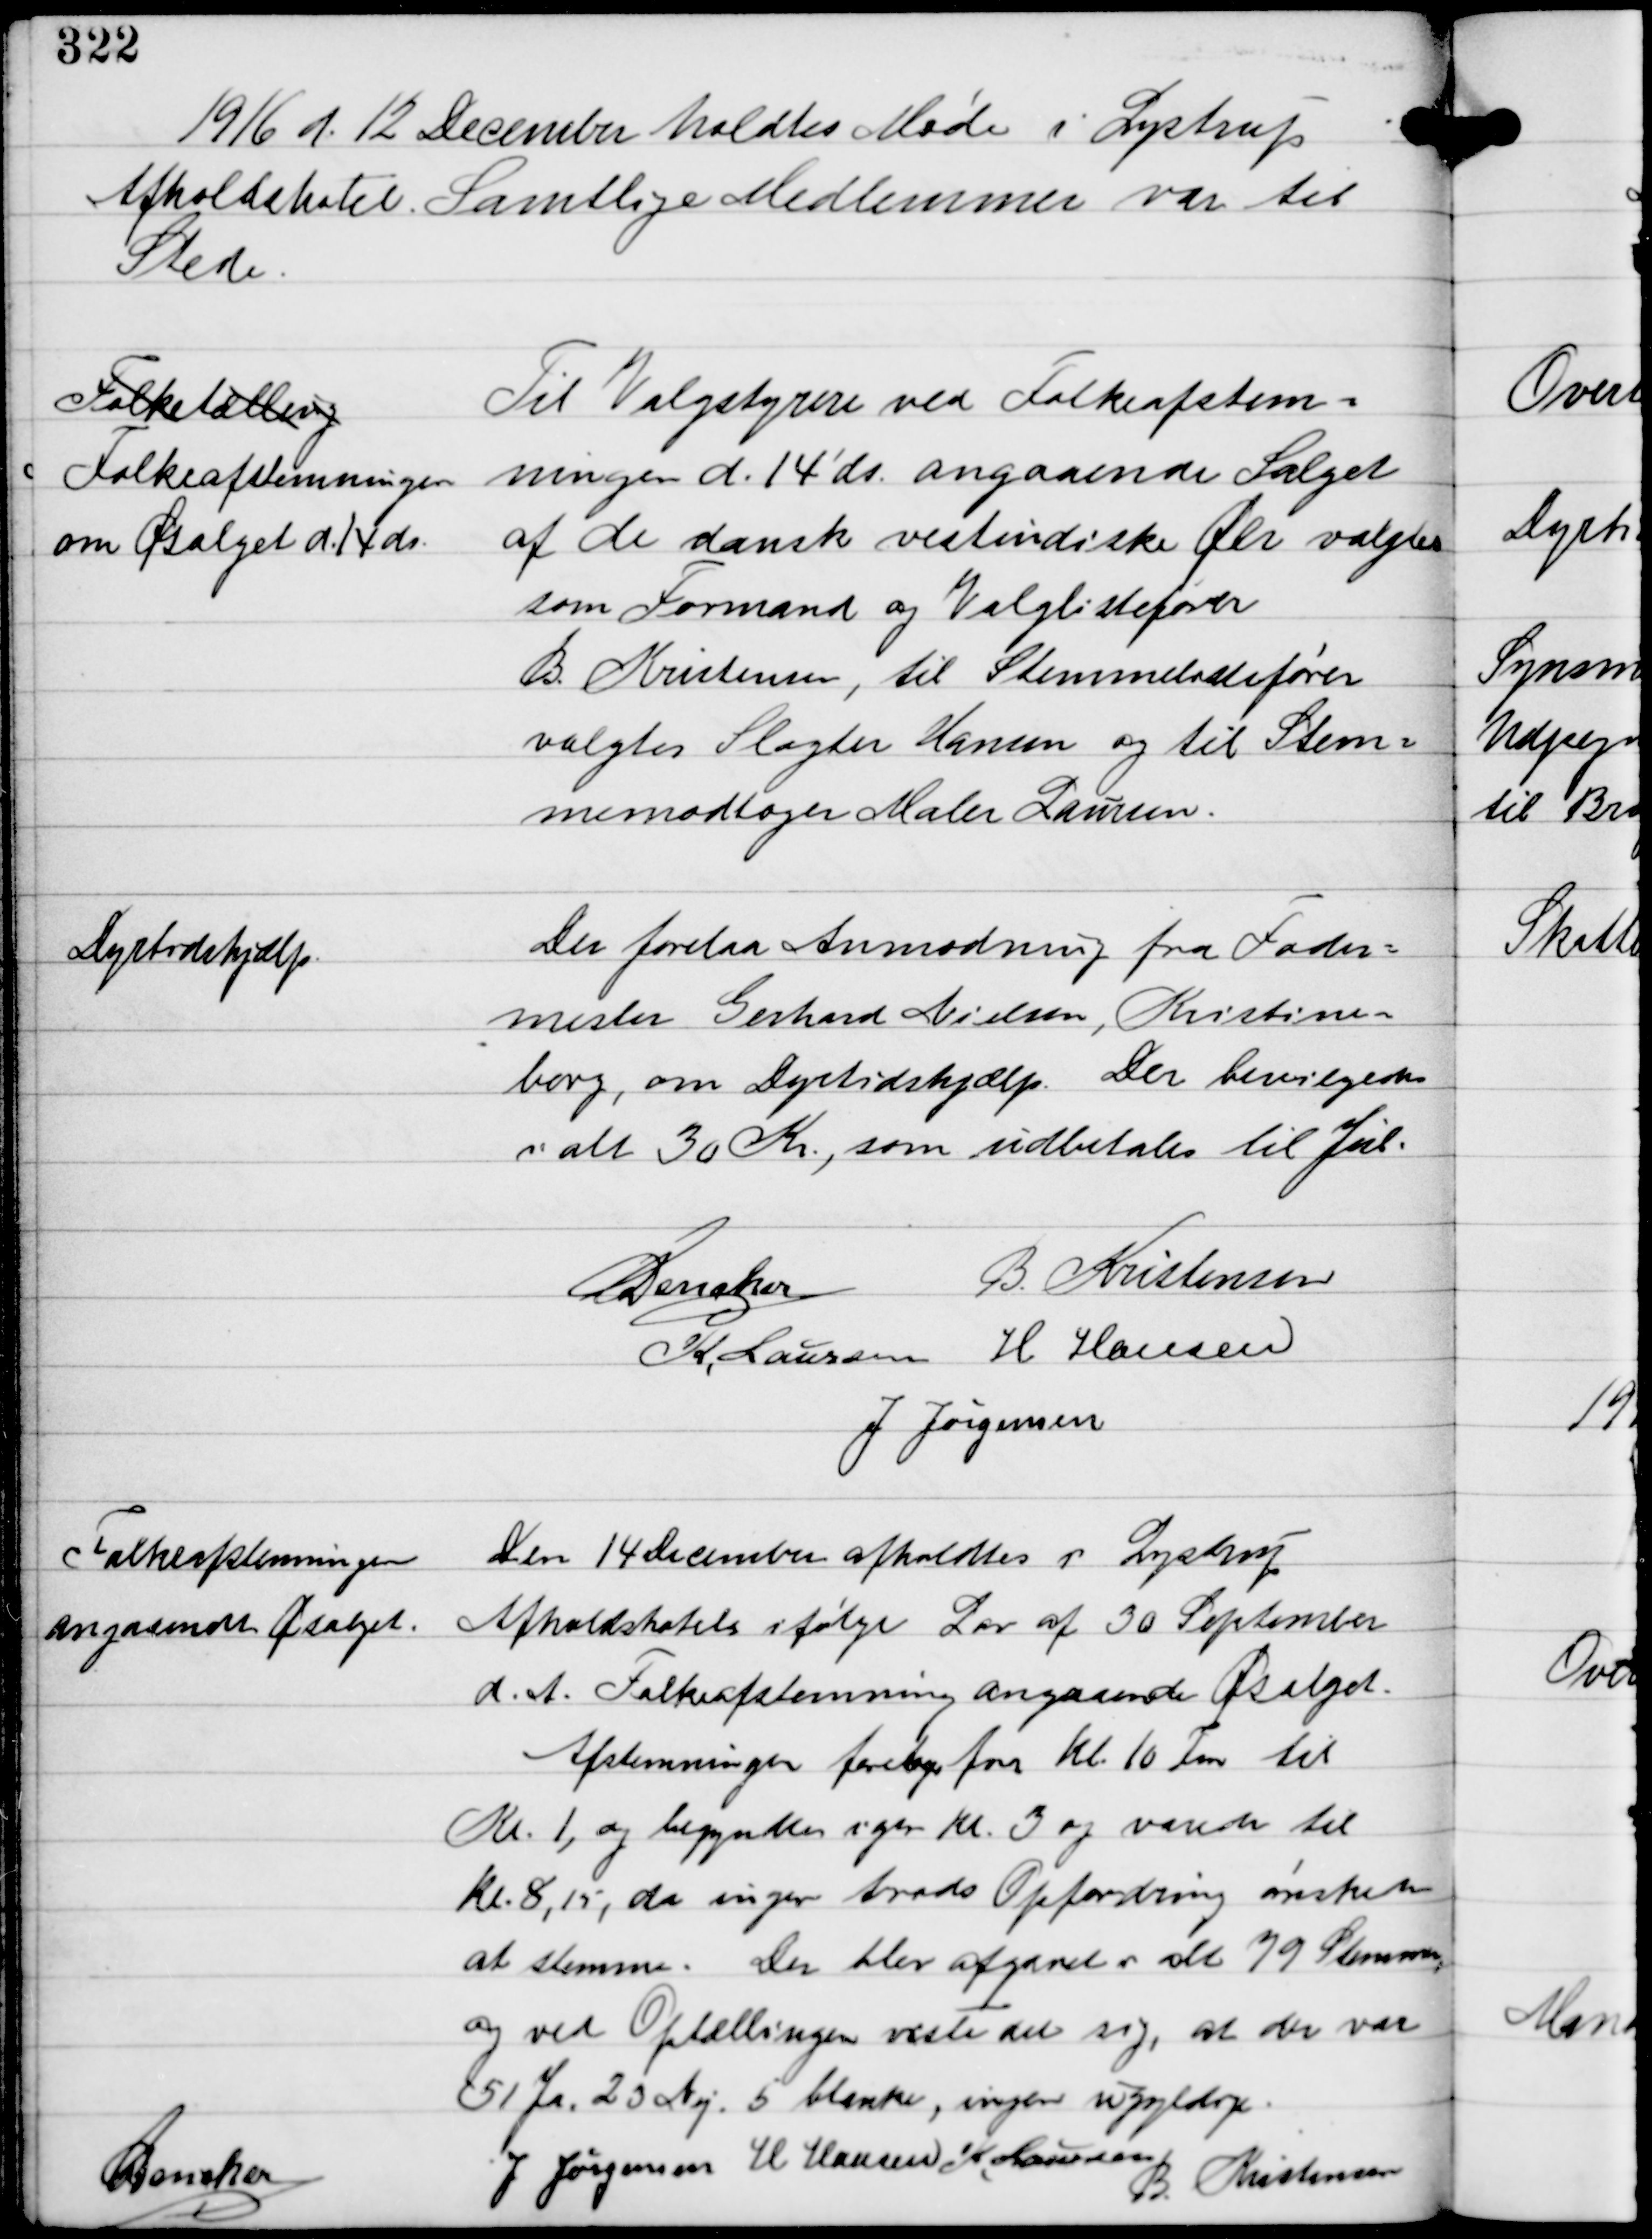
Transskription:
1916 d. 12 December holdtes Møde i Lystrup
Afholdshotel. Samtlige Medlemmer var til
Stede.

Folketælling
Folkeafstemningen
om Øsalget d. 14 ds.

Til Valgstyrere ved Folkeafstem-
ningen d. 14' ds angaaende Salget
af de dansk vestindiske Øer valgtes
som Formand og Valglistefører
B. Kristensen, til Stemmelistefører
valgtes Slagter Hansen og til Stem-
memodtager Maler Laursen.

Dyrtidshjælp

Der forelaa Anmodning fra Foder-
mester Gerhard Nielsen, Kristine-
borg, om Dyrtidshjælp. Der bevilgedes
ialt 30 Kr., som udbetales til Jul.

C Dencher B. Kristensen
K. Laursen H Hansen
J. Jørgensen

Folkeafstemningen
angaaende Øsalget.

Den 14 December afholdtes i Lystrup
Afholdshotel ifølge Lov af 30 September
d.A. Folkeafstemning angaaende Øsalget
Afstemningen foretoges fra kl. 10 For til
kl. 1, og begyndte igen kl. 3 og varede til
Kl. 8,15, da ingen trods Opfordring ønskede
at stemme. Der blev afgivet i alt 79 Stemmer
og ved Optællingen viste det sig, at der var
51 Ja, 23 Nej, 5 blanke, ingen ugyldige.

C Dencker

J Jørgensen H Hansen K Laursen
B. Kristensen